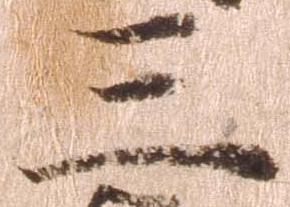
三